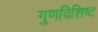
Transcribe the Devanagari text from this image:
गुणविशिष्ट